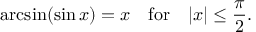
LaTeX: \arcsin ( \sin x ) = x \quad { \mathrm { f o r } } \quad | x | \leq { \frac { \pi } { 2 } } .